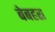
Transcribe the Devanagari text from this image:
बेबहरा